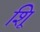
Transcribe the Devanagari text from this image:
शूि